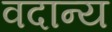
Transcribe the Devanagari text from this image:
वदान्य